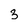
Character: 3